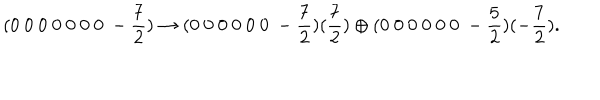
( 0 ~ 0 ~ 0 ~ 0 ~ 0 ~ 0 ~ 0 ~ - \frac { 7 } { 2 } ) \rightarrow ( 0 ~ 0 ~ 0 ~ 0 ~ 0 ~ 0 ~ - \frac { 7 } { 2 } ) ( \frac { 7 } { 2 } ) \oplus ( 0 ~ 0 ~ 0 ~ 0 ~ 0 ~ 0 ~ - \frac { 5 } { 2 } ) ( - \frac { 7 } { 2 } ) .